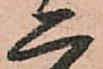
二